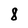
Character: 8